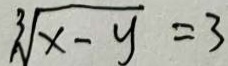
\sqrt [ 3 ] { x - y } = 3